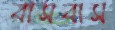
বাসবাস